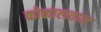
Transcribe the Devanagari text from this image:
कोकालताश